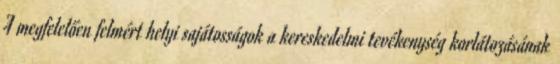
A megfelelően felmért helyi sajátosságok a kereskedelmi tevékenység korlátozásának